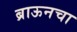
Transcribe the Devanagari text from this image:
ब्राऊनचा